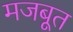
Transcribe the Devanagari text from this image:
मजबूूत